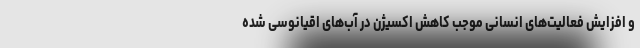
و افزایش فعالیت‌های انسانی موجب کاهش اکسیژن در آب‌های اقیانوسی شده